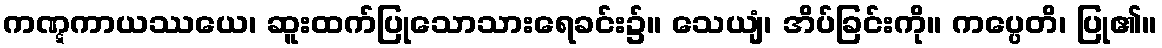
ကဏ္ဋကာယဿယေ၊ ဆူးထက်ပြုသောသားရေခင်း၌။ သေယျံ၊ အိပ်ခြင်းကို။ ကပ္ပေတိ၊ ပြု၏။